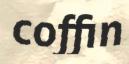
coffin